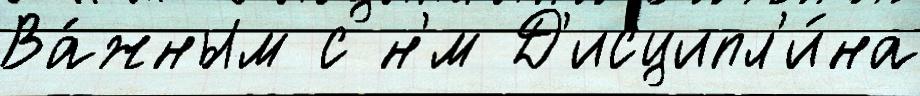
Ва́жным с н'́м Д'исципл'и́на